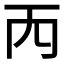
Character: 𠀑